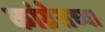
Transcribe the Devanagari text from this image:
कांग्रेसच्या